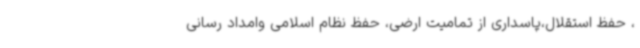
، حفظ استقلال،پاسداری از تمامیت ارضی، حفظ نظام اسلامی وامداد رسانی